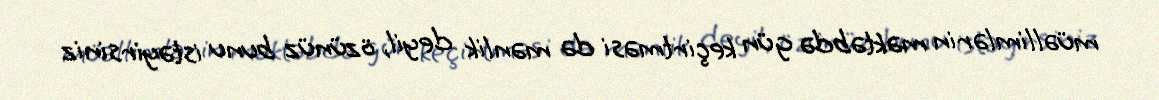
müəllimlərin məktəbdə gün keçirtməsi də mənlik deyil, özünüz bunu istəyirsiniz